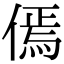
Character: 傿